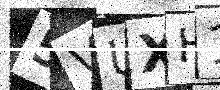
Text: 5VUXH1